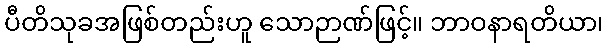
ပီတိသုခအဖြစ်တည်းဟူ သောဉာဏ်ဖြင့်။ ဘာဝနာရတိယာ၊